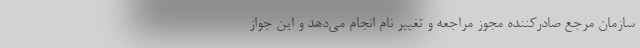
سازمان مرجع صادرکننده مجوز مراجعه و تغییر نام انجام می‌دهد و این جواز